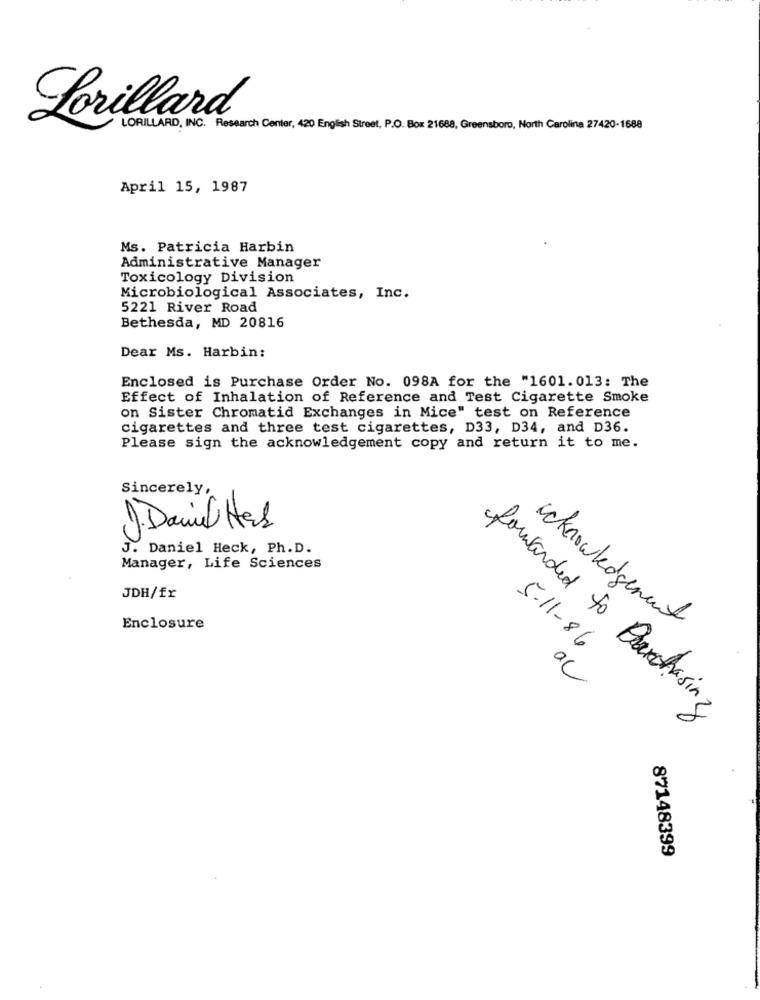
Lorillard
LORILLARD, INC. Research Center, 420 English Street, P.O. Box 21688, Greensboro, North Carolina 27420-1688
April 15, 1987
Ms. Patricia Harbin
Administrative Manager
Toxicology Division
Microbiological Associates, Inc.
5221 River Road
Bethesda, MD 20816
Dear Ms. Harbin:
Enclosed is Purchase Order No. 098A for the "1601.013: The
Effect of Inhalation of Reference and Test Cigarette Smoke
on Sister Chromatid Exchanges in Mice" test on Reference
cigarettes and three test cigarettes, D33, D34, and D36.
Please sign the acknowledgement copy and return it to me.
Sincerely,
J. Dai Has
J. Daniel Heck, Ph.D.
Manager, Life Sciences
JDH/fr
Enclosure
acknowledgement
5-11-86
ac
forwarded to Purchasing
87148399